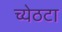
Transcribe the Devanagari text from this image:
च्येठटा